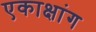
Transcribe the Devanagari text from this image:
एकाक्षांग